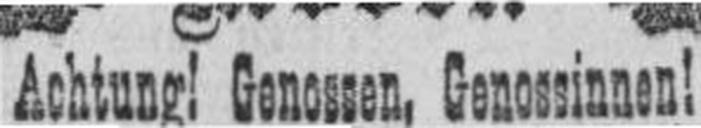
Achtung! Genossen, Genossinnen!